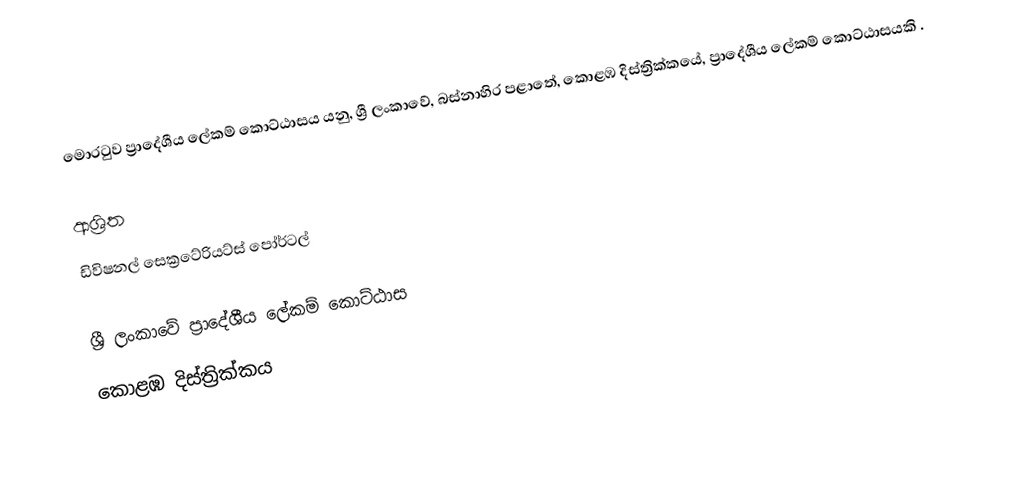
මොරටුව ප්‍රාදේශීය ලේකම් කොට්ඨාසය යනු,  ශ්‍රී ලංකාවේ, බස්නාහිර පළාතේ,   කොළඹ දිස්ත්‍රික්කයේ, ප්‍රාදේශීය ලේකම් කොට්ඨාසයකි .

ආශ්‍රිත
 ඩිවිෂනල් සෙක්‍රටේරියට්ස් පෝර්ටල්

ශ්‍රී ලංකාවේ ප්‍රාදේශීය ලේකම් කොට්ඨාස
කොළඹ දිස්ත්‍රික්කය